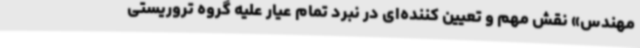
مهندس» نقش مهم و تعیین کننده‌ای در نبرد تمام عیار علیه گروه تروریستی